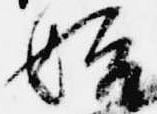
始